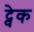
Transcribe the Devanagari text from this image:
ट्वेक